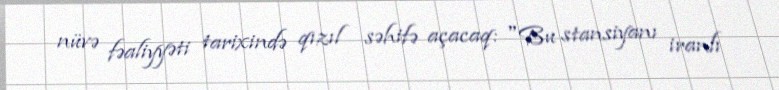
nüvə fəaliyyəti tarixində qızıl səhifə açacaq: "Bu stansiyanı iranlı